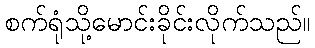
စက်ရုံသို့မောင်းခိုင်းလိုက်သည်။